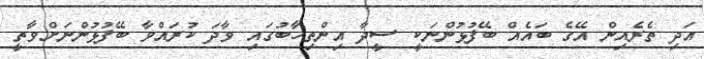
އަދި ތެރެއިން އޭގެ ބައެއް ބޭފުޅުންނަކީ ސީދާ އިންތިހާބުގައި ވާދަ ކުރައްވާ ބޭފުޅުންނަށްވާތީ